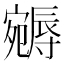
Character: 𡫦